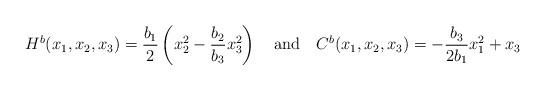
LaTeX: \begin{align*} H^{b}(x_{1},x_{2}, x_{3}) =\displaystyle\frac{b_{1}}{2}\left(x_{2}^{2}-\displaystyle\frac{b_{2}}{b_{3}} x_{3}^{2}\right)~~~\hbox{and}~~~C^{b}(x_{1}, x_{2}, x_{3}) = -\displaystyle\frac{b_{3}}{2 b_{1}}x_{1}^{2} + x_{3} \end{align*}